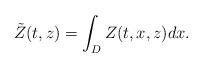
LaTeX: \begin{align*}\tilde{Z}(t,z)=\int_D Z(t,x,z) dx.\end{align*}